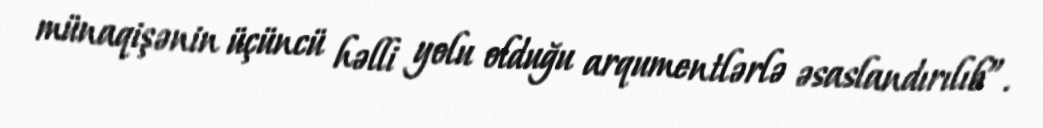
münaqişənin üçüncü həlli yolu olduğu arqumentlərlə əsaslandırılıb”.